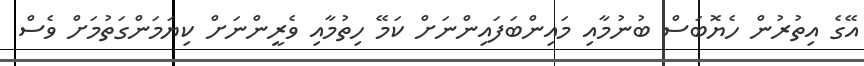
އޭގެ އިތުރުން ހެޔޮބަސް ބުނުމާއި މައިންބަފައިންނަށް ކަމޭ ހިތުމާއި ވެރީންނަށް ކިޔަމަންގަތުމަށް ވެސް